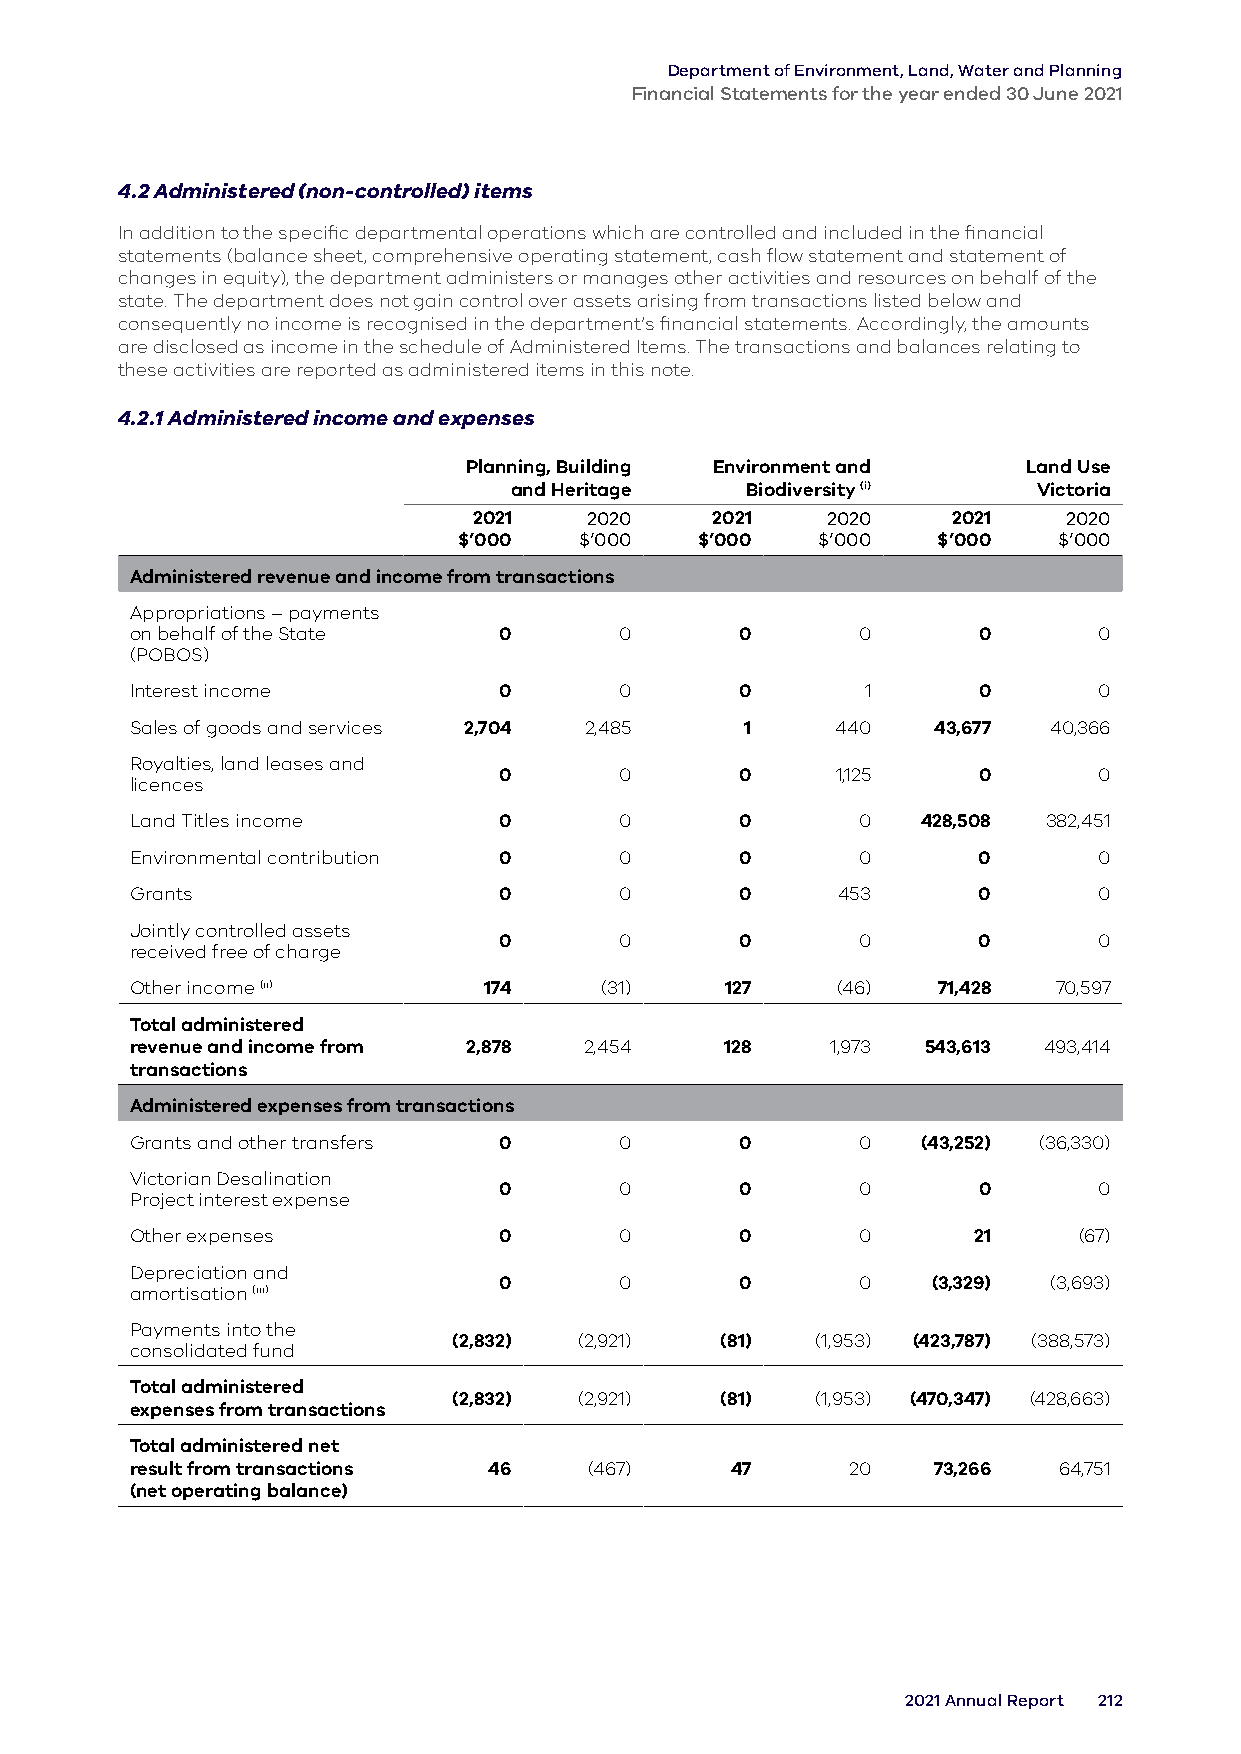
Department of Environment, Land, Water and Planning
 Financial Statements for the year ended 30 June 2021
 4.2 Administered (non-controlled) items
 In addition to the specific departmental operations which are controlled and included in the financial
 statements (balance sheet, comprehensive operating statement, cash flow statement and statement of
 changes in equity), the department administers or manages other activities and resources on behalf of the
 state. The department does not gain control over assets arising from transactions listed below and
 consequently no income is recognised in the department’s financial statements. Accordingly, the amounts
 are disclosed as income in the schedule of Administered Items. The transactions and balances relating to
 these activities are reported as administered items in this note.
 4.2.1 Administered income and expenses
 Planning, Building Environment and   Land Use
 and Heritage   Biodiversity (i)    Victoria
 2021    2020    2021    2020    2021    2020
 $’000   $’000   $’000   $’000   $’000   $’000
 Administered revenue and income from transactions
 Appropriations – payments
 on behalf of the State  0       0       0       0       0       0
 (POBOS)
 Interest income         0       0       0       1       0       0
 Sales of goods and services 2,704 2,485 1     440    43,677 40,366
 Royalties, land leases and
 0       0       0     1,125     0       0
 licences
 Land Titles income      0       0       0       0   428,508 382,451
 Environmental contribution 0    0       0       0       0       0
 Grants                  0       0       0     453       0       0
 Jointly controlled assets
 0       0       0       0       0       0
 received free of charge
 Other income (ii)      174     (31)    127    (46)   71,428  70,597
 Total administered
 revenue and income from 2,878 2,454    128    1,973 543,613 493,414
 transactions
 Administered expenses from transactions
 Grants and other transfers 0    0       0       0   (43,252) (36,330)
 Victorian Desalination
 0       0       0       0       0       0
 Project interest expense
 Other expenses          0       0       0       0      21     (67)
 Depreciation and
 0       0       0       0    (3,329) (3,693)
 amortisation (iii)
 Payments into the
 (2,832) (2,921)   (81)  (1,953) (423,787) (388,573)
 consolidated fund
 Total administered
 (2,832) (2,921)   (81)  (1,953) (470,347) (428,663)
 expenses from transactions
 Total administered net
 result from transactions 46   (467)    47      20    73,266  64,751
 (net operating balance)
 2021 Annual Report 212